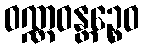
ဝဏ္ဏဝန္တဉ္စေဝ